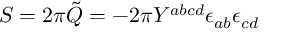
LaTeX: S = 2 \pi \tilde { Q } = - 2 \pi Y ^ { a b c d } \epsilon _ { a b } { \epsilon } _ { c d }